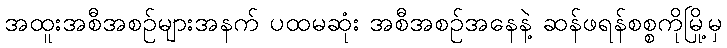
အထူးအစီအစဉ်များအနက် ပထမဆုံး အစီအစဉ်အနေနဲ့ ဆန်ဖရန်စစ္စကိုမြို့မှ